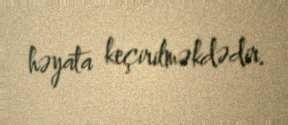
həyata keçirilməkdədir.